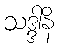
သဒ္ဒါနိ